Leaving Certificate Examination (including Day School Certificate (Higher) General paper), 1939
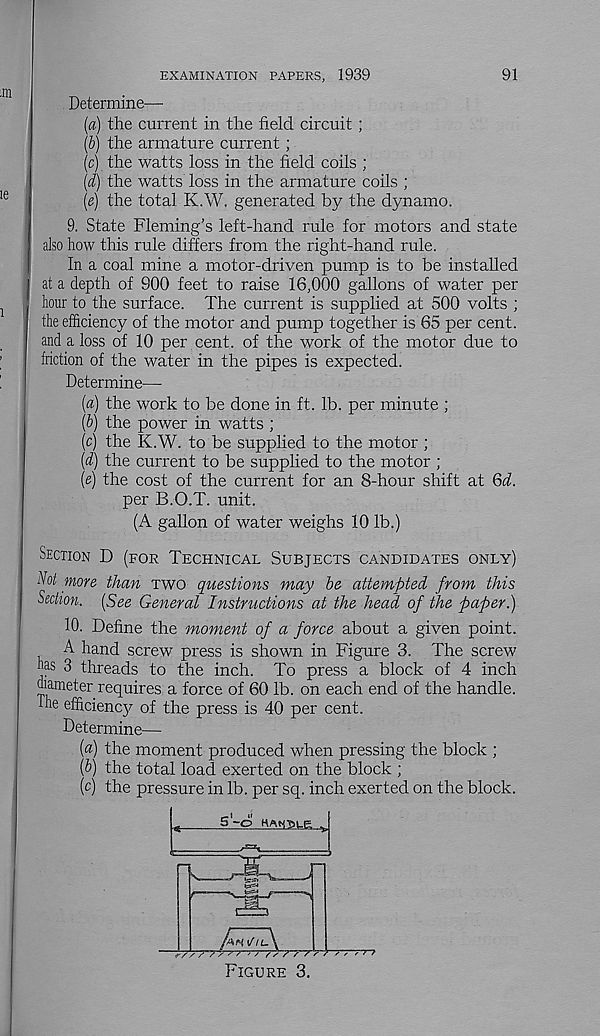
91
EXAMINATION PAPERS, 1939
Determine—
(a) the current in the field, circuit;
(b) the armature current;
(c) the watts loss in the field coils ;
(d) the watts loss in the armature coils ;
(e) the total K.W. generated by the dynamo.
9. State Fleming’s left-hand rule for motors and state
also how this rule differs from the right-hand rule.
In a coal mine a motor-driven pump is to be installed
at a depth of 900 feet to raise 16,000 gallons of water per
hour to the surface. The current is supplied at 500 volts ;
the efficiency of the motor and pump together is 65 per cent,
and a loss of 10 per cent, of the work of the motor due to
friction of the water in the pipes is expected.
Determine—-
(a) the work to be done in ft. lb. per minute ;
(b) the power in watts ;
(c) the K.W. to be supplied to the motor ;
(d) the current to be supplied to the motor ;
(e) the cost of the current for an 8-hour shift at 6d.
per B.O.T. unit.
(A gallon of water weighs 10 lb.)
Section D (for Technical Subjects candidates only)
Not more than two questions may be attempted from this
Section. (See General Instructions at the head of the paper.)
10. Define the moment of a force about a given point.
A hand screw press is shown in Figure 3. The screw
has 3 threads to the inch. To press a block of 4 inch
diameter requires a force of 60 lb. on each end of the handle,
fhe efficiency of the press is 40 per cent.
Determine—
(«) the moment produced when pressing the block ;
(b) the total load exerted on the block ;
(c) the pressure in lb. per sq. inch exerted on the block.